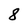
Character: 8